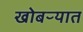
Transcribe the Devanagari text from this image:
खोबऱ्यात